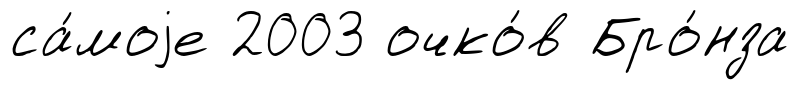
са́моjе 2003 очко́в Бро́нза